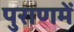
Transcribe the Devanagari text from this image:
पुराणमें